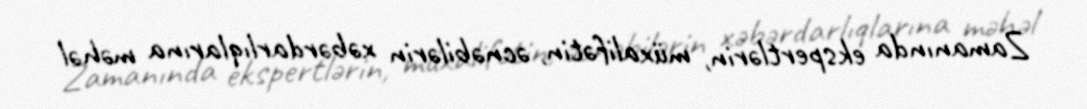
Zamanında ekspertlərin, müxalifətin, əcnəbilərin xəbərdarlıqlarına məhəl